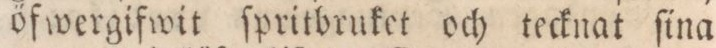
öfwergifwit ſpritbruket och tecknat ſina